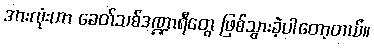
အားလုံးဟာ ခေတ်သစ်ဒဏ္ဍာရီတွေ ဖြစ်သွားခဲ့ပါတော့တယ်။